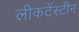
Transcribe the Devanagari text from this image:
लीकटेंस्टीन